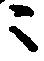
ニ